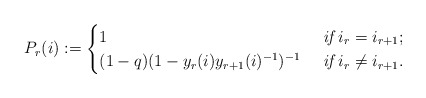
\begin{align*}P_r(i):=\begin{cases}1 &\textit{ if } i_r= i_{r+1};\\(1-q)(1-y_r(i)y_{r+1}(i)^{-1})^{-1} &\textit{ if } i_r\neq i_{r+1}.\end{cases}\end{align*}